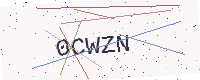
Text: 0CWZN